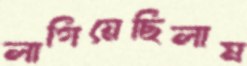
লাগিয়েছিলাম